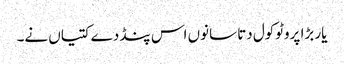
یار بڑا پروٹوکول دتا سانوں اس پنڈ دے کتیاں نے۔